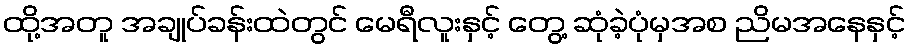
ထို့အတူ အချုပ်ခန်းထဲတွင် မေရီလူးနှင့် တွေ့ ဆုံခဲ့ပုံမှအစ ညိမအနေနှင့်